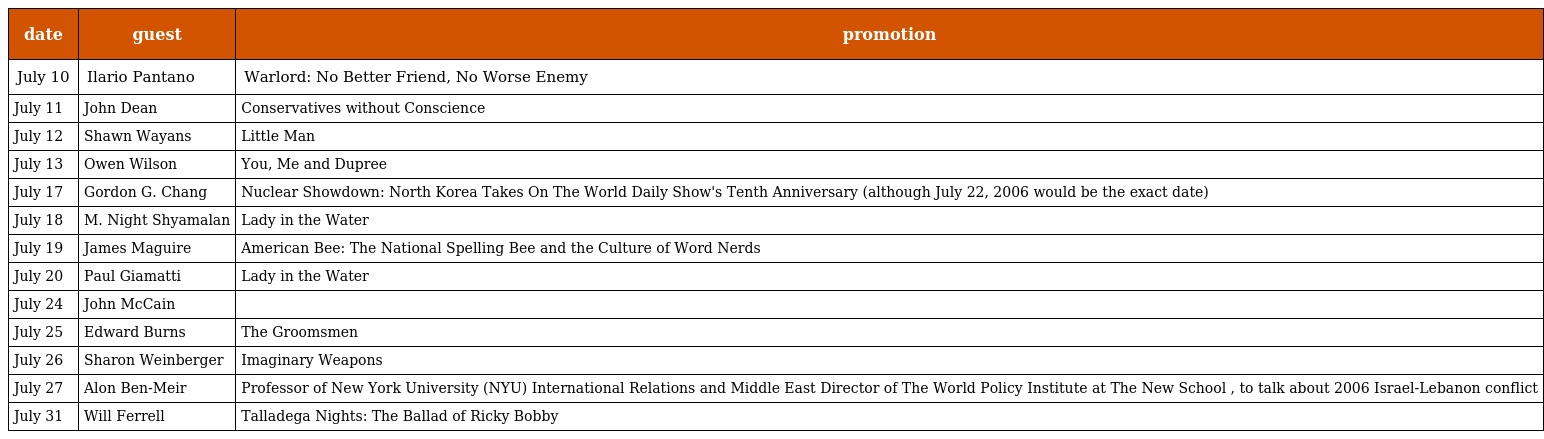
| date | guest | promotion |
 | --- | --- | --- |
 | July 10 | Ilario Pantano | Warlord: No Better Friend, No Worse Enemy |
 | July 11 | John Dean | Conservatives without Conscience |
 | July 12 | Shawn Wayans | Little Man |
 | July 13 | Owen Wilson | You, Me and Dupree |
 | July 17 | Gordon G. Chang | Nuclear Showdown: North Korea Takes On The World Daily Show's Tenth Anniversary (although July 22, 2006 would be the exact date) |
 | July 18 | M. Night Shyamalan | Lady in the Water |
 | July 19 | James Maguire | American Bee: The National Spelling Bee and the Culture of Word Nerds |
 | July 20 | Paul Giamatti | Lady in the Water |
 | July 24 | John McCain |  |
 | July 25 | Edward Burns | The Groomsmen |
 | July 26 | Sharon Weinberger | Imaginary Weapons |
 | July 27 | Alon Ben-Meir | Professor of New York University (NYU) International Relations and Middle East Director of The World Policy Institute at The New School , to talk about 2006 Israel-Lebanon conflict |
 | July 31 | Will Ferrell | Talladega Nights: The Ballad of Ricky Bobby |